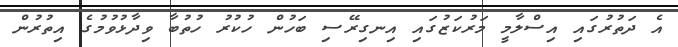
އެ ދަތުރުގައި އިސްލާމީ މަރުކަޒުގައި އިނގިރޭސި ބަހުން ހުކުރު ހުތުބާ ވިދާޅުވުމުގެ އިތުރުން